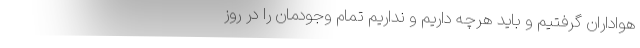
هواداران گرفتیم و باید هرچه داریم و نداریم تمام وجودمان را در روز